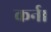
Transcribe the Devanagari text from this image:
कर्न।